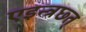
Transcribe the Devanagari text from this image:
एइन्त्रछ्त्